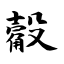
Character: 觳